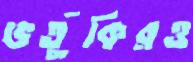
ভর্তুকিরও